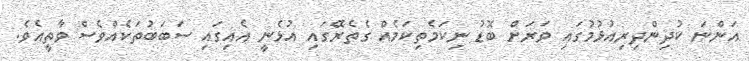
އަންނަ ކުދިންދިރިއުޅުމުގައި ވަރަށް ބޮޑު ނިކަމެތިކަމެއް ގެތެރޭގައި އުޅެނީ އެއިގައި ސަބަބުތަކެއްވެސް ވާތީއެވެ.